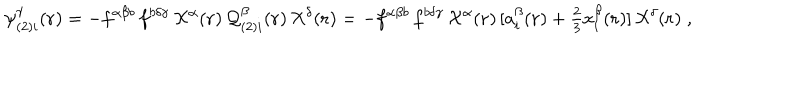
LaTeX: \psi _ { ( 2 ) i } ^ { \gamma } ( { \bf { r } } ) = - f ^ { \alpha \beta b } \, f ^ { b \delta \gamma } \, { \cal { X } } ^ { \alpha } ( { \bf { r } } ) \, { \cal { Q } } _ { ( 2 ) i } ^ { \beta } ( { \bf { r } } ) \, { \cal { X } } ^ { \delta } ( { \bf { r } } ) = - f ^ { \alpha \beta b } \, f ^ { b \delta \gamma } \, { \cal { X } } ^ { \alpha } ( { \bf { r } } ) \, [ a _ { i } ^ { \beta } ( { \bf { r } } ) + { \textstyle \frac { 2 } { 3 } } x _ { i } ^ { \beta } ( { \bf { r } } ) ] \, { \cal { X } } ^ { \delta } ( { \bf { r } } ) \; ,